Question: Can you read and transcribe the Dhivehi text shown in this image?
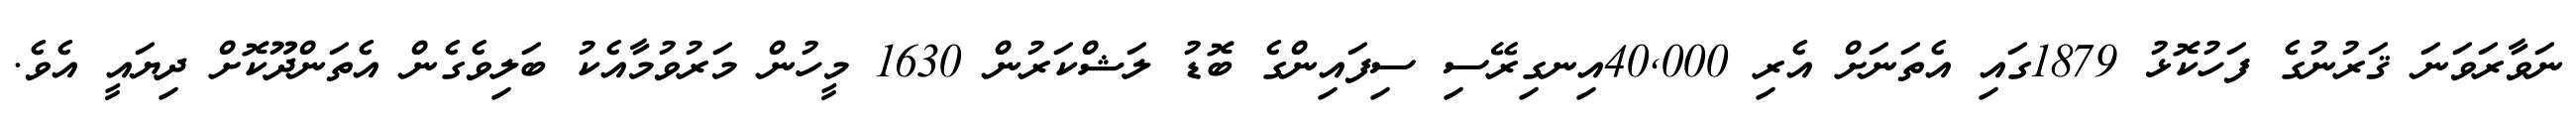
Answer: ނަވާރަވަނަ ޤަރުނުގެ ފަހުކޮޅު 1879ގައި އެތަނަށް އެރި 40,000އިނގިރޭސި ސިފައިންގެ ބޮޑު ލަޝްކަރުން 1630 މީހުން މަރުވުމާއެކު ބަލިވެގެން އެތަންދޫކޮށް ދިޔައީ އެވެ.